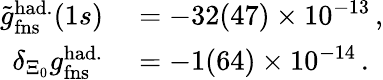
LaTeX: \begin{array}{rl}{\tilde{g}_{\mathrm{fns}}^{\mathrm{had.}}(1s)}&{{}=-32(47)\times 10^{-13}\, ,}\\ {\delta_{\Xi_{0}}g_{\mathrm{fns}}^{\mathrm{had.}}}&{{}=-1(64)\times 10^{-14}\, .}\end{array}